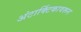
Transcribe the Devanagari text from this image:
अंटार्क्टिकावरून